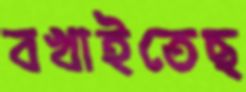
বখাইতেছ